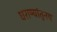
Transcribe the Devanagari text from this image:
घराण्यांतूनच